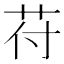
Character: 苻